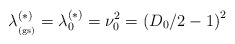
\begin{align*}\lambda_{_{\rm (gs)}}^{(\ast)} = \lambda_{0}^{(\ast)} = \nu_{0}^{2}=\left( D_{0}/2 - 1 \right)^{2}\;\end{align*}